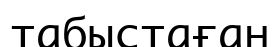
табыстаған